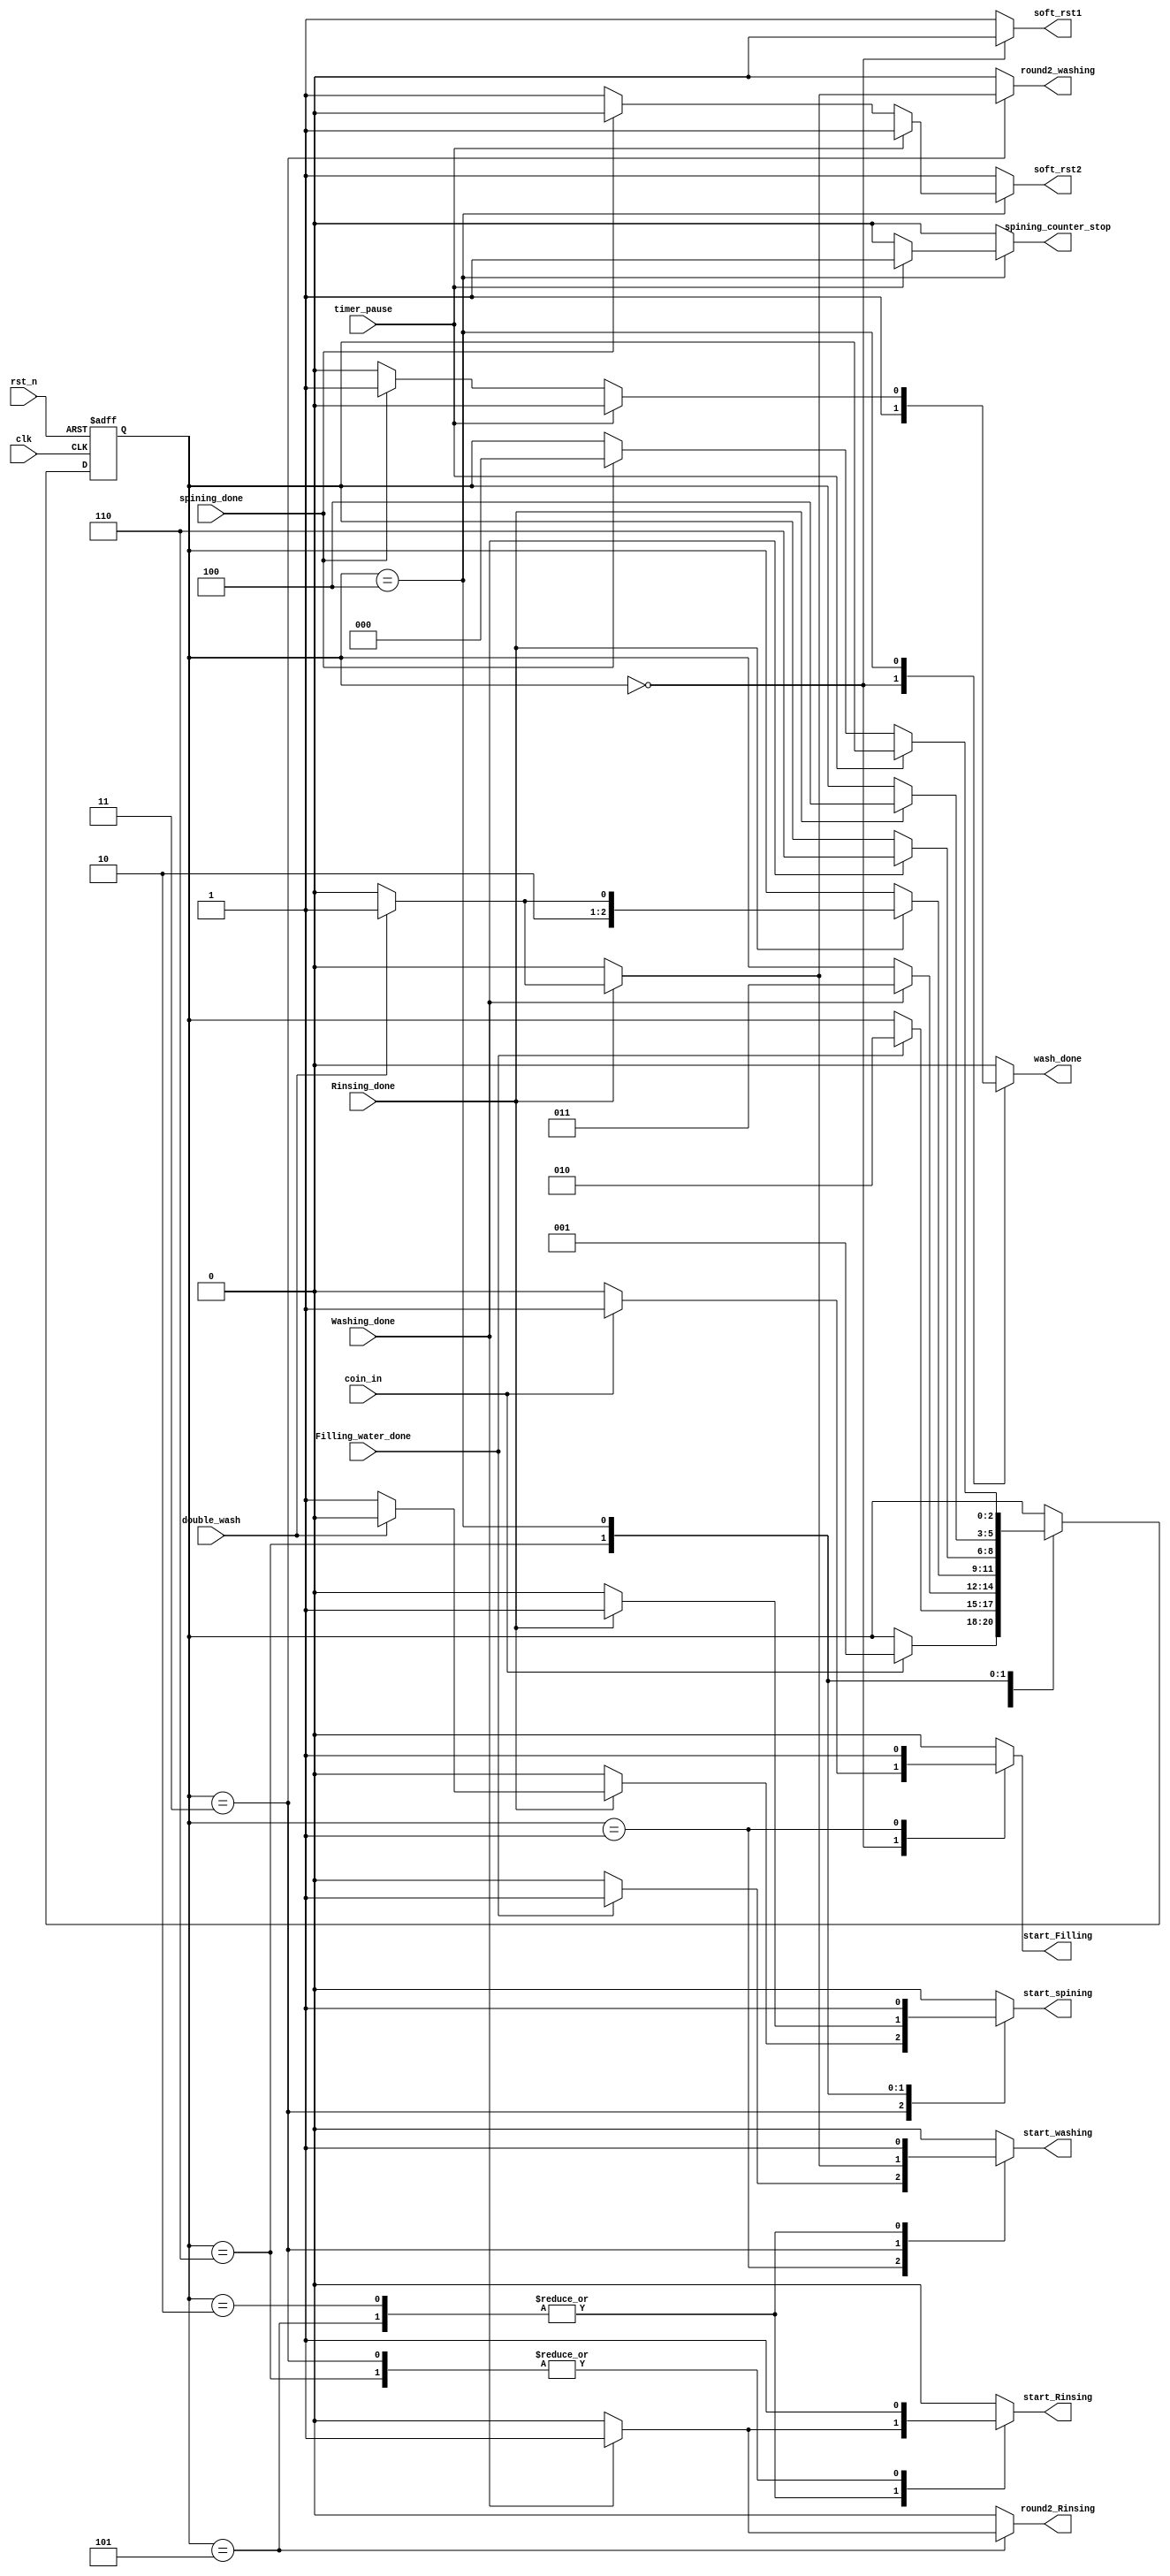
module fsm (
    input wire Filling_water_done, Washing_done,spining_done,Rinsing_done,
    input wire clk,
    input wire rst_n,
    input wire coin_in,
    input wire double_wash,
    input wire timer_pause,
    output reg wash_done,
    output reg spining_counter_stop,
    output reg start_Filling , start_washing , start_Rinsing , start_spining,
    output reg round2_Rinsing , round2_washing,
    output reg soft_rst1 , soft_rst2
);

localparam [2:0] idle = 3'b000,
                 Filling_water = 3'b001,
                 Washing1 = 3'b010,
                 Rinsing1 = 3'b011,
                 Spining = 3'b100,
                 washing2 = 3'b101,
                 Rinsing2 = 3'b110;

reg [2:0] state_reg , state_next;


always @(posedge clk or negedge rst_n) 
begin
    if(~rst_n)
        state_reg <= idle;
    else 
        state_reg <= state_next;    
end

always @ *
begin
    soft_rst1 = 1'b1;
    soft_rst2 = 1'b1;
    round2_washing = 1'b0;
    round2_Rinsing = 1'b0;
    start_Filling = 1'b0;
    start_washing = 1'b0; 
    start_Rinsing = 1'b0; 
    start_spining = 1'b0;
    wash_done = 1'b0;
    spining_counter_stop = 1'b0;
    state_next = state_reg;
    case(state_reg)
        idle : 
            begin
                soft_rst1 = 1'b0;
                wash_done = 1'b1;
                if(coin_in)
                    begin
                        state_next = Filling_water;
                        start_Filling = 1'b1;
                    end    
            end

        Filling_water:
            begin
                start_Filling = 1'b1;
                if(Filling_water_done)
                    begin
                        state_next = Washing1;
                        start_washing = 1'b1;
                    end    
            end

        Washing1:
            begin
                         start_washing = 1'b1;
                        if(Washing_done)
                            begin
                                state_next = Rinsing1;
                                start_Rinsing = 1'b1;
                            end 
                     
            end

        Rinsing1:
            begin
                start_Rinsing = 1'b1;
                if(Rinsing_done)
                    begin
                        if(double_wash )
                            begin
                                state_next = washing2;
                                start_washing = 1'b1;
                                round2_washing = 1'b1;
                            end
                        else
                            begin
                                state_next = Spining;
                                start_spining = 1'b1;
                            end    
                    end
            end
        washing2:
            begin
                start_washing = 1'b1;
                        if(Washing_done)
                            begin
                                state_next = Rinsing2;
                                start_Rinsing = 1'b1;
                                round2_Rinsing = 1'b1;
                            end 
            end 
        Rinsing2:
            begin
                start_Rinsing = 1'b1;
                if(Rinsing_done)
                    begin
                            state_next = Spining;
                            start_spining = 1'b1;
                    end    
            end       
        Spining:
            begin
                start_spining = 1'b1;
                if(timer_pause)
                    spining_counter_stop = 1'b1;
                else if (spining_done)
                    begin
                        state_next = idle;
                        wash_done = 1'b1;
                        soft_rst2 = 1'b0;
                    end
            end
    endcase
end
endmodule